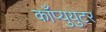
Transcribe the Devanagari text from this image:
काँप्युयुटर